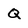
Character: Q